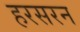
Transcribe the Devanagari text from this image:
हरसरन